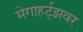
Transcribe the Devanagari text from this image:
मेगाहर्ट्‌झवर